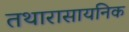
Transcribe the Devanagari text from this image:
तथारासायनिक